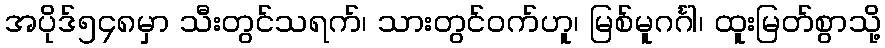
အပိုဒ်၅၄၈မှာ သီးတွင်သရက်၊ သားတွင်ဝက်ဟူ၊ မြစ်မူဂင်္ဂါ၊ ထူးမြတ်စွာသို့